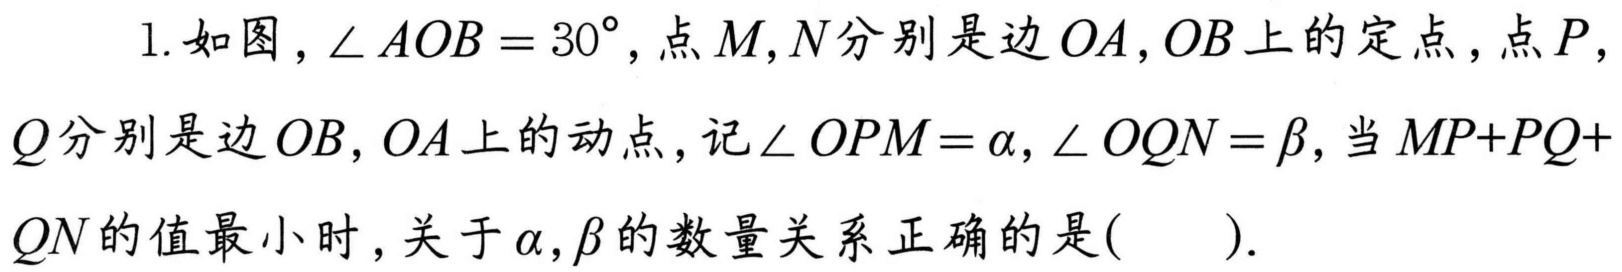
1. 如图，\(\angle AOB = 30^{\circ}\)，点\(M,N\)分别是边\(OA,OB\)上的定点，点\(P\)，\(Q\)分别是边\(OB,OA\)上的动点，记\(\angle OPM=\alpha,\angle OQN = \beta\)，当\(MP + PQ+QN\)的值最小时，关于\(\alpha,\beta\)的数量关系正确的是(  ).